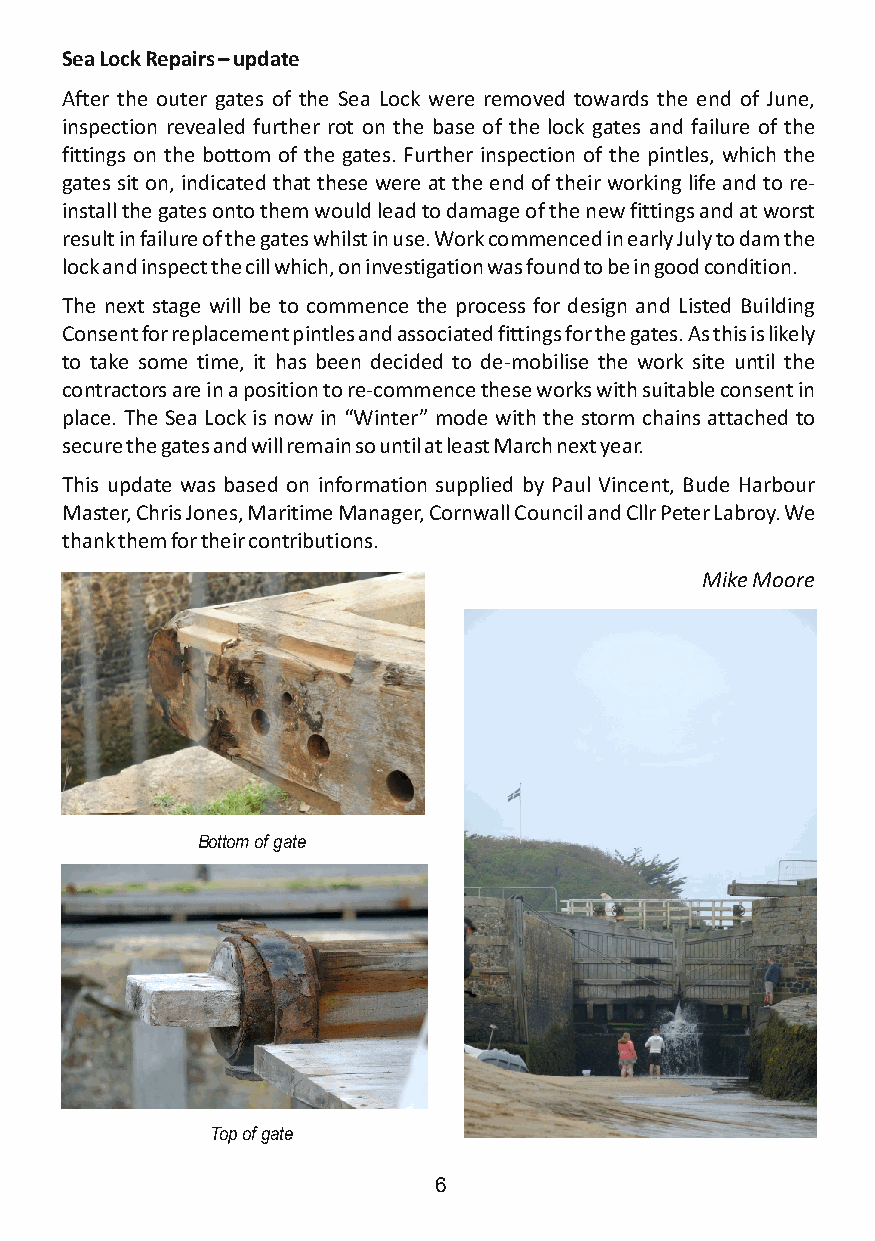
Sea Lock Repairs – update
 After the outer gates of the Sea Lock were removed towards the end of June,
 inspection revealed further rot on the base of the lock gates and failure of the
 fittings on the bottom of the gates. Further inspection of the pintles, which the
 gates sit on, indicated that these were at the end of their working life and to re-
 install the gates onto them would lead to damage of the new fittings and at worst
 result in failure of the gates whilst in use. Work commenced in early July to dam the
 lock and inspect the cill which, on investigation was found to be in good condition.
 The next stage will be to commence the process for design and Listed Building
 Consent for replacement pintles and associated fittings for the gates. As this is likely
 to take some time, it has been decided to de-mobilise the work site until the
 contractors are in a position to re-commence these works with suitable consent in
 place. The Sea Lock is now in “Winter” mode with the storm chains attached to
 secure the gates and will remain so until at least March next year.
 This update was based on information supplied by Paul Vincent, Bude Harbour
 Master, Chris Jones, Maritime Manager, Cornwall Council and Cllr Peter Labroy. We
 thank them for their contributions.
 Mike Moore
 Bottom of gate
 Top of gate
 6